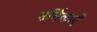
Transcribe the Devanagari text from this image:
उर्मिकाएँ